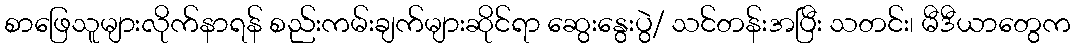
စာဖြေသူများလိုက်နာရန် စည်းကမ်းချက်များဆိုင်ရာ ဆွေးနွေးပွဲ/ သင်တန်းအပြီး သတင်း၊ မီဒီယာတွေက